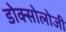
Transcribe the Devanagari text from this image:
डोक्सोलोजी